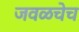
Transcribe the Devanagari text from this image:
जवळचेच